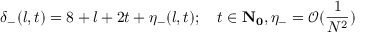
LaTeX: \delta _ { - } ( l , t ) = 8 + l + 2 t + \eta _ { - } ( l , t ) ; \quad t \in { \bf { N } _ { 0 } } , \eta _ { - } = \mathcal { O } ( \frac { 1 } { N ^ { 2 } } )